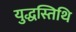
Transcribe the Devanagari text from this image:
युद्धस्तिथि